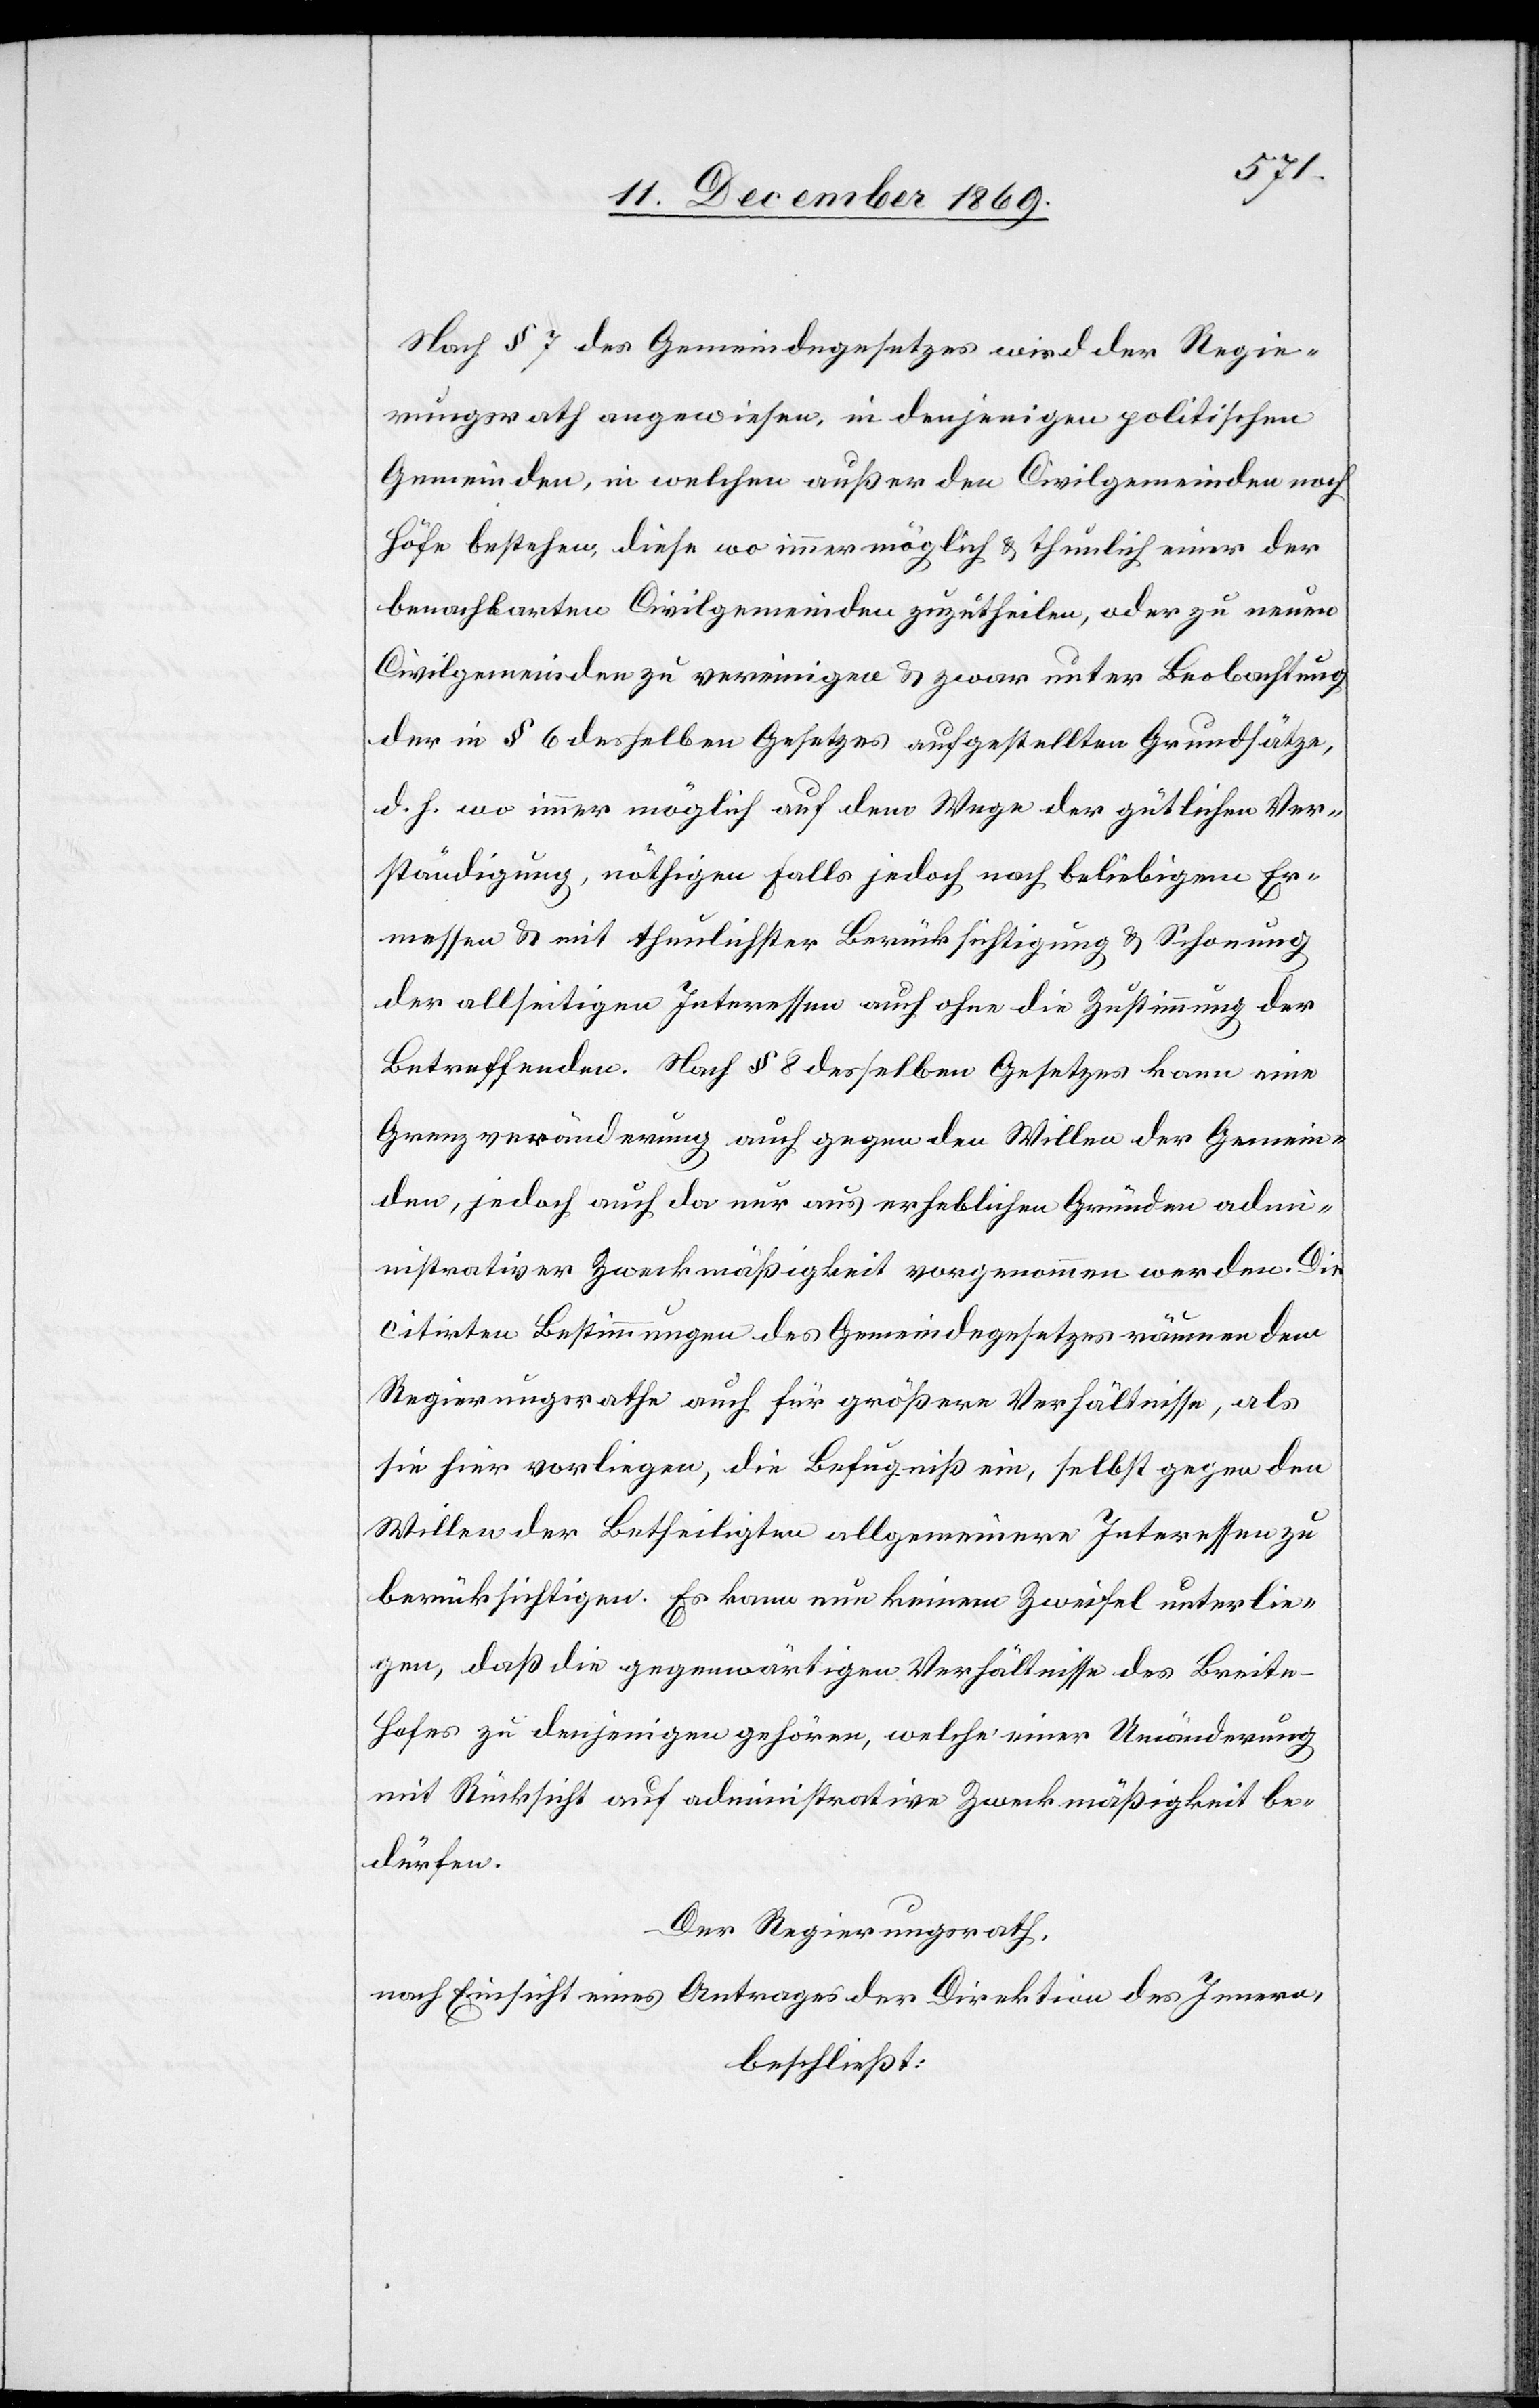
Nach § 7 des Gemeindegesetzes wird der Regie¬
rungsrath angewiesen, in denjenigen politischen
Gemeinden, in welchen außer den Civilgemeinden noch
Höfe bestehen, diese wo immer möglich & thunlich einer der
benachbarten Civilgemeinden zuzutheilen, oder zu neuen
Civilgemeinden zu vereinigen & zwar unter Beobachtung
der in § 6 desselben Gesetzes aufgestellten Grundsätze,
d. h. wo immer möglich auf dem Wege der gütlichen Ver¬
ständigung, nöthigen Falls jedoch nach beliebigem Er¬
messen & mit thunlichster Berücksichtigung & Schonung
der allseitigen Interessen auch ohne die Zustimmung der
Betreffenden. Nach § 8 desselben Gesetzes kann eine
Grenzveränderung auch gegen den Willen der Gemein¬
den, jedoch auch da nur aus erheblichen Gründen admi¬
nistrativer Zweckmäßigkeit vorgenommen werden. Die
citirten Bestimmungen des Gemeindegesetzes räumen dem
Regierungsrathe auch für größere Verhältnisse, als
sie hier vorliegen, die Befugniß ein, selbst gegen den
Willen der Betheiligten allgemeinere Interessen zu
berücksichtigen. Es kann nun keinem Zweifel unterlie¬
gen, daß die gegenwärtigen Verhältnisse des Breite-H¬
ofes zu denjenigen gehören, welche einer Umänderung
mit Rücksicht auf administrative Zweckmäßigkeit be¬
dürfen.
Der Regierungsrath,
nach Einsicht eines Antrages der Direktion des Innern,
beschließt: